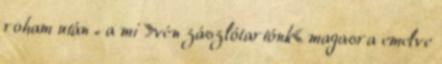
roham után „ a mi »vén zászlótartónk« magasra emelve